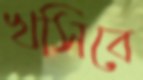
খসিবে